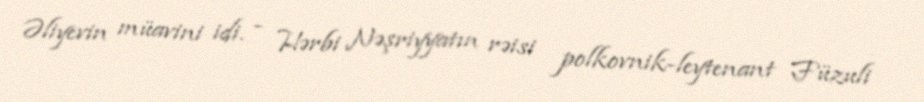
Əliyevin müavini idi. - Hərbi Nəşriyyatın rəisi polkovnik-leytenant Füzuli